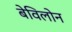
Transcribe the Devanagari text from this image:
बेविलोन